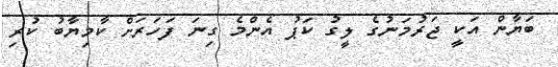
ބަޔާން އަކީ ޖަރުމަނުގެ ލީގު ކަޕު އެންމެ ގިނަ ފަހަރަށް ކާމިޔާބު ކުރި